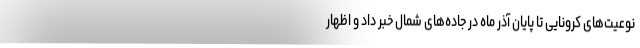
نوعیت‌های کرونایی تا پایان آذر ماه در جاده‌های شمال خبر داد و اظهار